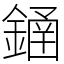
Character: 䥁